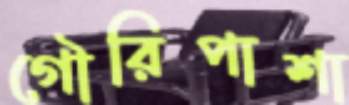
গৌরিপাশা